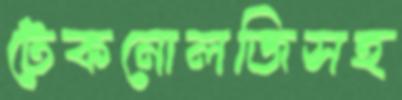
টেকনোলজিসহ